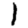
Digit: 1